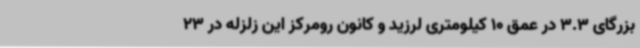
بزرگای 3.3 در عمق 10 کیلومتری لرزید و کانون رومرکز این زلزله در 23